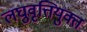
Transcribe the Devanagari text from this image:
लघुवृत्तियुक्त